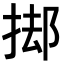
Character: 𭡊